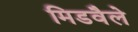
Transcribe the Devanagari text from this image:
मिडवैले